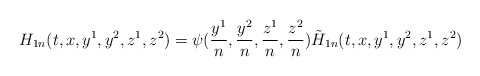
\begin{align*}H_{1n}(t,x,y^1,y^2,z^1,z^2)=\psi(\frac{y^1}{n},\frac{y^2}{n},\frac{z^1}{n},\frac{z^2}{n})\tilde{H}_{1n}(t,x,y^1,y^2,z^1,z^2)\end{align*}